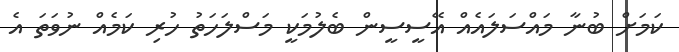
ކަމަށް ބުނާ މައްސަލައެއް އޭސީސީން ބެލުމަކީ މަސްލަހަތު ހުރި ކަމެއް ނުވަތަ އެ